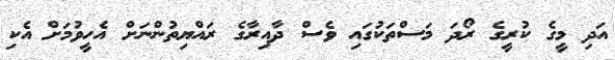
އަދި މީގެ ކުރީގެ ރޯދަ މަސްތަކުގައި ވެސް ދާއިރާގެ ރައްޔިތުންނަށް އެހީވުމަށް އެކި